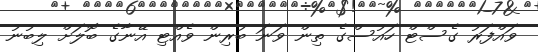
ވައްފަރު ގެސްޓް ހައުސްގެ ތިން ވަނަ ބުރިން ވެއްޓި އޭނާގެ ބޮލަށް ލިބުނު